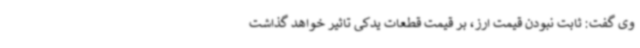
وی گفت: ثابت نبودن قیمت ارز، بر قیمت قطعات یدکی تاثیر خواهد گذاشت